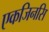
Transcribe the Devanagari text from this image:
एकजिनसि